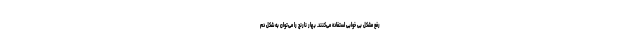
رفع مشکل بی خوابی استفاده می‌کنند. بهار نارنج را می‌توان به شکل دم